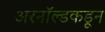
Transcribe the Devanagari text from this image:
अरनॉल्डकडून